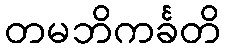
တမဘိကင်္ခတိ